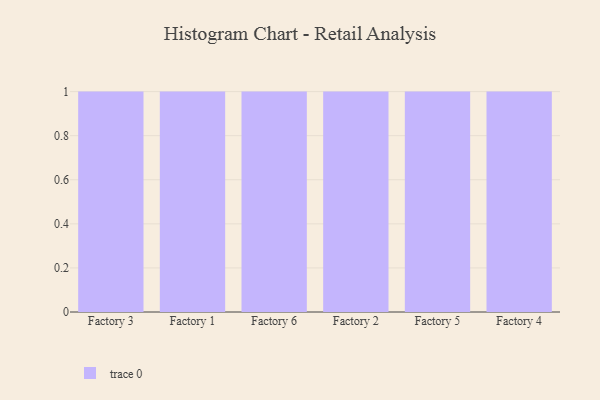
{"axis": {"x": "Factory", "y": "Customer Acquisition Cost (USD)"}, "legend": [""], "data": [{"x": "Factory 3", "y": 100, "type": ""}, {"x": "Factory 1", "y": 54, "type": ""}, {"x": "Factory 6", "y": 52, "type": ""}, {"x": "Factory 2", "y": 73, "type": ""}, {"x": "Factory 5", "y": 57, "type": ""}, {"x": "Factory 4", "y": 76, "type": ""}]}